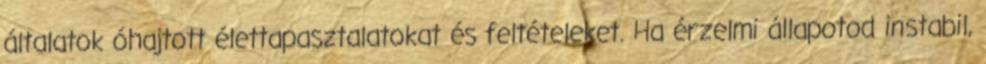
általatok óhajtott élettapasztalatokat és feltételeket. Ha érzelmi állapotod instabil,